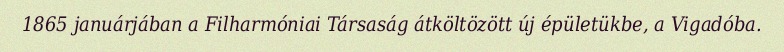
1865 januárjában a Filharmóniai Társaság átköltözött új épületükbe, a Vigadóba.